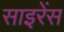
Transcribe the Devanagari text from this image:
साइरेंस